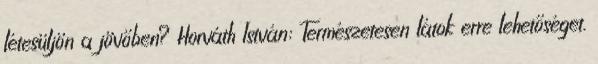
létesüljön a jövőben? Horváth István: Természetesen látok erre lehetőséget.